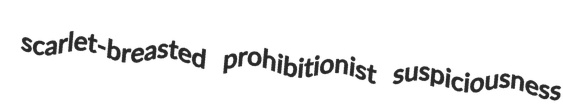
scarlet-breasted prohibitionist suspiciousness